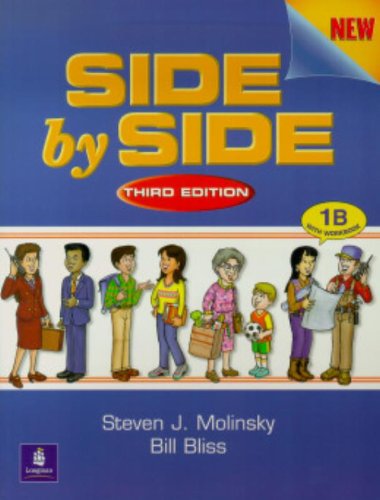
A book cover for Side by Side 1 Student Book/Workbook 1B; Steven J. Molinsky; Reference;